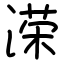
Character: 溁